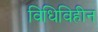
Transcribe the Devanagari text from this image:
विधिविहीन